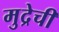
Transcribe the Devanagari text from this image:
मुद्रेची